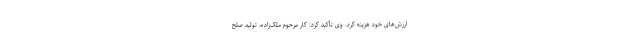
ارزش‌های خود هزینه کرد. وی تأکید کرد: کار مرحوم ملک‌زاده، تولید صلح